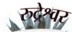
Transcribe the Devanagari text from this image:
रुद्रेश्वर